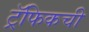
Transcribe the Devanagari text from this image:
ट्रॅफिकची